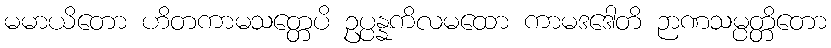
မမာယိတော ဟိတကာမသတ္တေပိ ဥပ္ပန္နကိလမထော ကာမဒဒေါတိ ဉာဏသမ္ပတ္တိတော